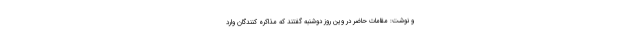
و نوشت: مقامات حاضر در وین روز دوشنبه گفتند که مذاکره کنندگان وارد